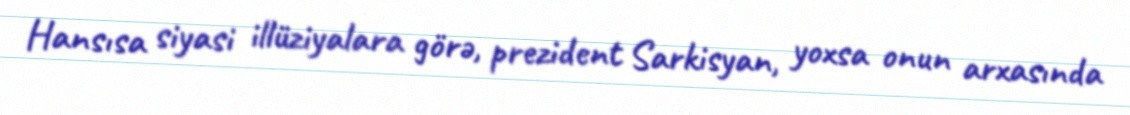
Hansısa siyasi illüziyalara görə, prezident Sarkisyan, yoxsa onun arxasında